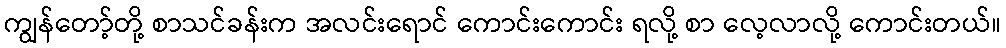
ကျွန်တော့်တို့ စာသင်ခန်းက အလင်းရောင် ကောင်းကောင်း ရလို့ စာ လေ့လာလို့ ကောင်းတယ်။